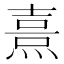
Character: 𱫱